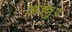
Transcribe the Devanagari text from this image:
अल्लुर